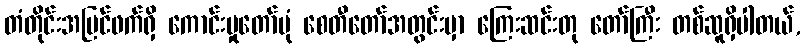
တံတိုင်းအပြင်ဖက်ရှိ ကောင်းမှုတော်ပုံ စေတီတော်အတွင်းမှာ ကြေးဆင်းတု တော်ကြီး တစ်ဆူရှိပါတယ်,